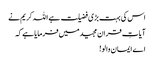
اس کی بہت بڑی فضیلت ہے اللہ کریم نے
آیاتِ قران مجیدمیں فرمایا ہے کہ
اے ایمان والو!